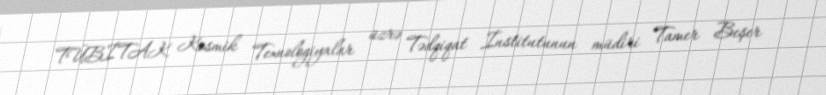
TÜBİTAK Kosmik Texnologiyalar üzrə Tədqiqat İnstitutunun müdiri Tamer Beşer